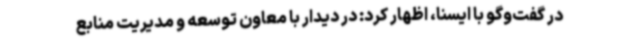
در گفت‌وگو با ایسنا، اظهار کرد: در دیدار با معاون توسعه و مدیریت منابع